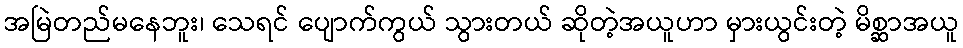
အမြဲတည်မနေဘူး၊ သေရင် ပျောက်ကွယ် သွားတယ် ဆိုတဲ့အယူဟာ မှားယွင်းတဲ့ မိစ္ဆာအယူ